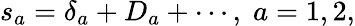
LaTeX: s_{a}=\delta_{a}+D_{a}+\cdots,\; a=1,2,